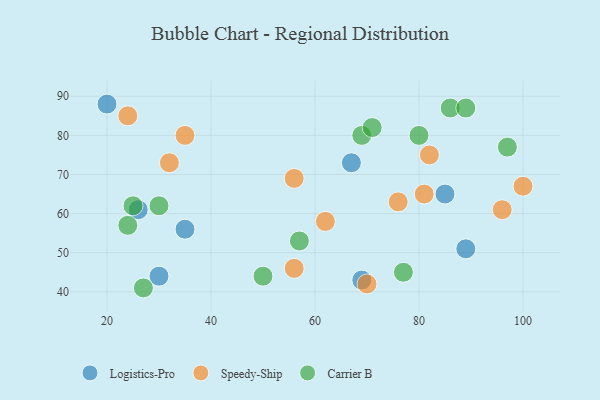
{"axis": {"x": "GDP", "y": "Life Expectancy"}, "legend": ["Carrier B", "Logistics-Pro", "Speedy-Ship"], "data": [{"x": "35", "y": 56, "type": "Logistics-Pro"}, {"x": "30", "y": 44, "type": "Logistics-Pro"}, {"x": "89", "y": 51, "type": "Logistics-Pro"}, {"x": "20", "y": 88, "type": "Logistics-Pro"}, {"x": "69", "y": 43, "type": "Logistics-Pro"}, {"x": "85", "y": 65, "type": "Logistics-Pro"}, {"x": "26", "y": 61, "type": "Logistics-Pro"}, {"x": "67", "y": 73, "type": "Logistics-Pro"}, {"x": "96", "y": 61, "type": "Speedy-Ship"}, {"x": "62", "y": 58, "type": "Speedy-Ship"}, {"x": "56", "y": 69, "type": "Speedy-Ship"}, {"x": "56", "y": 46, "type": "Speedy-Ship"}, {"x": "32", "y": 73, "type": "Speedy-Ship"}, {"x": "82", "y": 75, "type": "Speedy-Ship"}, {"x": "81", "y": 65, "type": "Speedy-Ship"}, {"x": "24", "y": 85, "type": "Speedy-Ship"}, {"x": "100", "y": 67, "type": "Speedy-Ship"}, {"x": "76", "y": 63, "type": "Speedy-Ship"}, {"x": "35", "y": 80, "type": "Speedy-Ship"}, {"x": "70", "y": 42, "type": "Speedy-Ship"}, {"x": "30", "y": 62, "type": "Carrier B"}, {"x": "86", "y": 87, "type": "Carrier B"}, {"x": "69", "y": 80, "type": "Carrier B"}, {"x": "57", "y": 53, "type": "Carrier B"}, {"x": "24", "y": 57, "type": "Carrier B"}, {"x": "80", "y": 80, "type": "Carrier B"}, {"x": "97", "y": 77, "type": "Carrier B"}, {"x": "50", "y": 44, "type": "Carrier B"}, {"x": "25", "y": 62, "type": "Carrier B"}, {"x": "71", "y": 82, "type": "Carrier B"}, {"x": "77", "y": 45, "type": "Carrier B"}, {"x": "27", "y": 41, "type": "Carrier B"}, {"x": "89", "y": 87, "type": "Carrier B"}]}